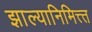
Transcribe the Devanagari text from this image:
झाल्यानिमित्त्त